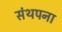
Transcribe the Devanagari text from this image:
संथपना